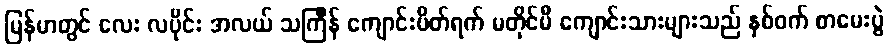
မြန်မာတွင် လေး လပိုင်း အလယ် သင်္ကြန် ကျောင်းပိတ်ရက် မတိုင်မီ ကျောင်းသားများသည် နှစ်ဝက် စာမေးပွဲ